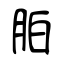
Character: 胉